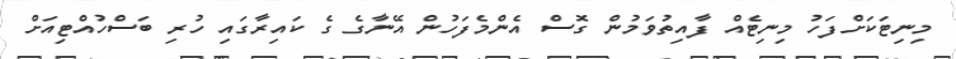
މިނިޓަކަށްފަހު މިނިޓެއް ފާއިތުވަމުން ގޮސް އެންމެފަހުން އޭނާގެ ގެ ކައިރާގައި ހުރި ބަސްހުއްޓިއަށް